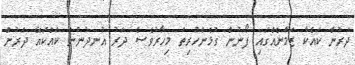
ދަރުން ކައްކާ ޒަމާނެއްގައި ފޯނުން ގުޅެންހުރިތަ މިހާރުވެސް ދަރު އުނދުނުން ކައްކައޭ ދަރުން